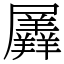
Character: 羼